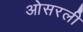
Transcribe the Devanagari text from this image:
ओसरली